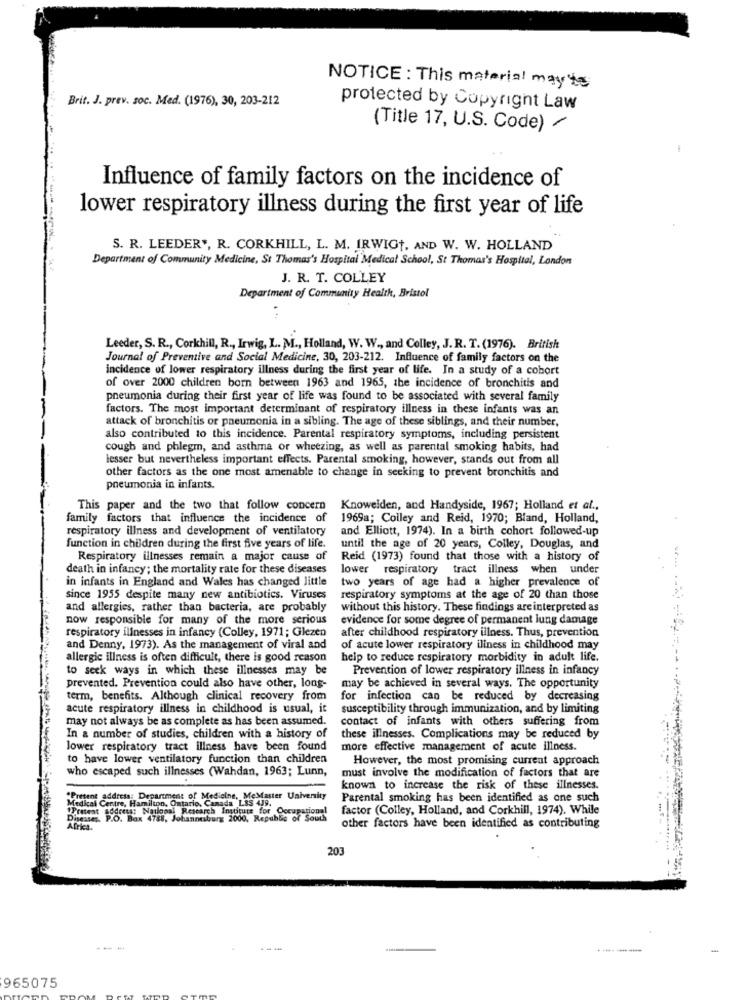
NOTICE : This material mayte
Brit. J. prev. soc. Med. (1976), 30, 203-212
protected by Copyright Law
(Title 17, U.S. Code) /
-
Influence of family factors on the incidence of
lower respiratory illness during the first year of life
S. R. LEEDER *, R. CORKHILL, L. M. IRWIGT, AND W. W. HOLLAND
Department of Community Medicine, St Thomas's Hospital Medical School, St Thomas's Hospital, London
J. R. T. COLLEY
Department of Community Health, Bristol
Leeder, S. R ., Corkhill, R ., Irwig, L. M ., Holland, W. W ., and Colley, J.R. T. (1976). British
Journal of Preventive and Social Medicine, 30, 203-212. Influence of family factors on the
incidence of lower respiratory illness during the first year of life. In a study of a cobort
of over 2000 children born between 1963 and 1965, the incidence of bronchitis and
pneumonia during their first year of life was found to be associated with several family
factors. The most important determinant of respiratory illness in these infants was an
attack of bronchitis or pneumonia in a sibling. The age of these siblings, and their number,
also contributed to this incidence. Parental respiratory symptoms, including persistent
cough and phlegm, and asthma or wheezing, as well as parental smoking habits, had
lesser but nevertheless important effects. Parental smoking, however, stands out from all
other factors as the one most amenable to change in seeking to prevent bronchitis and
pneumonia in infants.
This paper and the two that follow concern
Knowelden, and Handyside, 1967; Holland et al .,
family factors that influence the incidence of
1969a; Colley and Reid, 1970; Bland, Holland,
respiratory illness and development of ventilatory
and Elliott, 1974). In a birth cohort followed-up
function in children during the first five years of life.
until the age of 20 years, Colley, Douglas, and
Respiratory illnesses remain a major cause of
Reid (1973) found that those with a history of
death in infancy; the mortality rate for these diseases
lower respiratory tract illness when under
in infants in England and Wales has changed little
two years of age had a higher prevalence of
since 1955 despite many new antibiotics. Viruses
respiratory symptoms at the age of 20 than those
and allergies, rather than bacteria, are probably
without this history. These findings are interpreted as
now responsible for many of the more serious
evidence for some degree of permanent lung damage
respiratory illnesses in infancy (Colley, 1971; Glezen
after childhood respiratory illness. Thus, prevention
and Denny, 1973). As the management of viral and
of acute lower respiratory iliness in childhood may
allergic illness is often difficult, there is good reason
help to reduce respiratory morbidity in adult life.
to seck ways in which these illnesses may be
Prevention of lower respiratory illness in infancy
prevented. Prevention could also have other, long-
may be achieved in several ways. The opportunity
term, benefits. Although clinical recovery from
for infection can be reduced by decreasing
acute respiratory illness in childhood is usual, it
susceptibility through immunization, and by limiting
may not always be as complete as has been assumed.
contact of infants with others suffering from
In a number of studies, children with a history of
these illnesses. Complications may be reduced by
lower respiratory tract illness have been found
more effective management of acute illness.
to have lower ventilatory function than children
However, the most promising current approach
who escaped such illnesses (Wahdan, 1963; Lunn,
must involve the modification of factors that are
known to increase the risk of these illnesses.
*Present address: Department of Medicine, MeMaster University
Medical Centre, Hamilton, Ontario, Cans
tario, Canada LSS 439.
Parental smoking has been identified as one such
Birstent address: National Research Institute for Occupa
factor (Colley, Holland, and Corkhill, 1974). While
Diseases. P.O. Box 4788, Johannesburg
. Johannesburg 2000, Republic of South
Africa.
other factors have been identified as contributing
203
---
--
-
965075